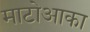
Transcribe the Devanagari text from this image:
माटोआका